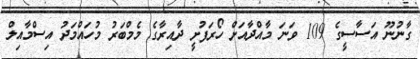
ގާނުނޫ އަސާސީގެ 109 ވަނަ މާއްދާއަށް ހޯރަފުށީ ދާއިރާގެ މެމްބަރު މުހައްމަދު އިސްމާއިލް